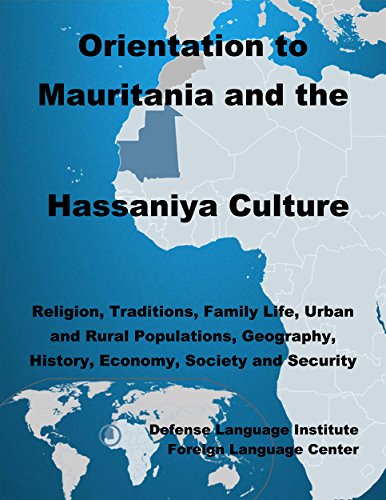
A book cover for Orientation Guide to Mauritania and the Hassaniya Culture: Religion, Traditions, Family Life, Urban and Rural Populations, Geography, History, Economy, Society and Security; Defense Language Institute Foreign Language Center (DLIFLC); Travel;